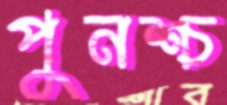
পুনশ্চ